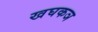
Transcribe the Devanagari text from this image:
खघकञ